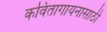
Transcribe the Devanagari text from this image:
कवितागायनासाठी